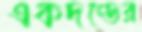
একদণ্ডের